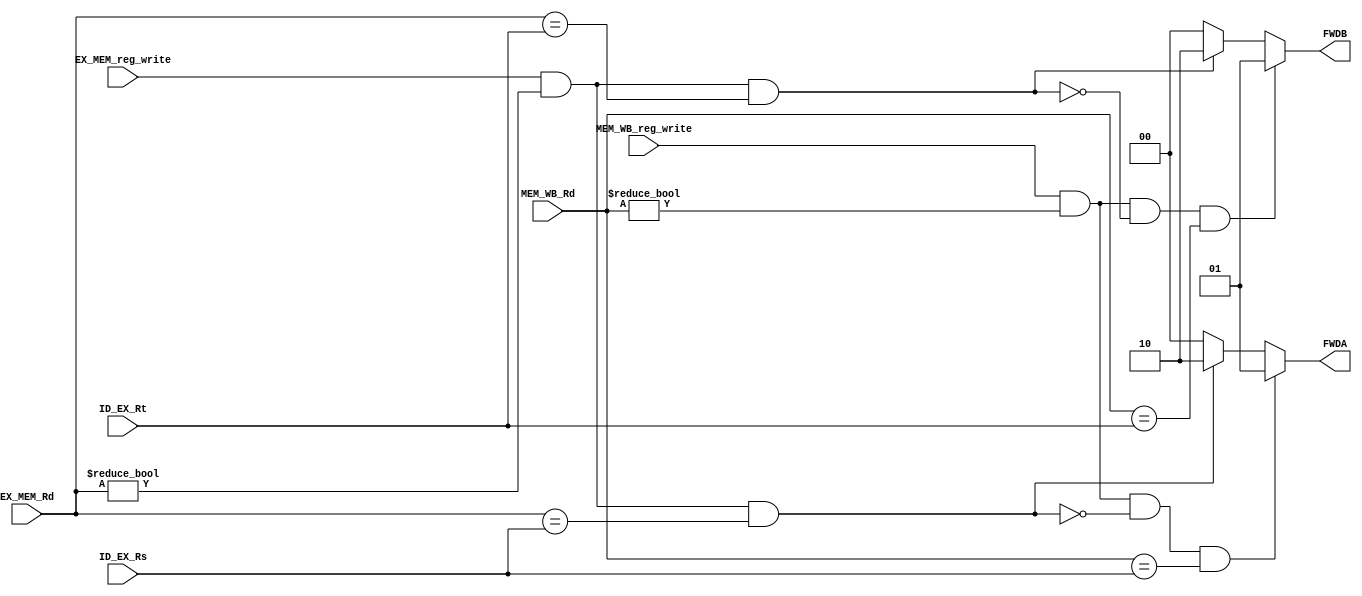
`timescale 1ns/1ns
module FWD_Unit(ID_EX_Rs, ID_EX_Rt, EX_MEM_reg_write, EX_MEM_Rd, MEM_WB_reg_write, MEM_WB_Rd, FWDA, FWDB);
    input EX_MEM_reg_write, MEM_WB_reg_write;
    input [4:0] ID_EX_Rs, ID_EX_Rt,EX_MEM_Rd, MEM_WB_Rd;
    output reg [1:0] FWDA, FWDB;
    always @(ID_EX_Rs, ID_EX_Rt, EX_MEM_reg_write, EX_MEM_Rd, MEM_WB_reg_write, MEM_WB_Rd) begin
        FWDA <= 2'b00;
        FWDB <= 2'b00;
        if ((EX_MEM_reg_write == 1'b1) && (EX_MEM_Rd != 5'b00000) && (EX_MEM_Rd == ID_EX_Rs))
            FWDA <= 2'b10;
        if ((EX_MEM_reg_write == 1'b1) && (EX_MEM_Rd != 5'b00000) && (EX_MEM_Rd == ID_EX_Rt))
            FWDB <= 2'b10;
        if ((MEM_WB_reg_write == 1'b1) && (MEM_WB_Rd != 5'b00000) && (!((EX_MEM_reg_write == 1'b1) && (EX_MEM_Rd != 5'b00000) && (EX_MEM_Rd == ID_EX_Rs))) 
            && (MEM_WB_Rd == ID_EX_Rs))
            FWDA <= 2'b01;
        if ((MEM_WB_reg_write == 1'b1) && (MEM_WB_Rd != 5'b00000) && !((EX_MEM_reg_write == 1'b1) && (EX_MEM_Rd != 5'b00000) && (EX_MEM_Rd == ID_EX_Rt)) 
            && (MEM_WB_Rd == ID_EX_Rt))
            FWDB <= 2'b01;  
    end
endmodule